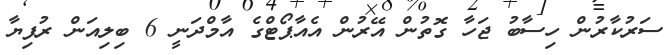
ސަރުކާރުން ހިސާބު ޖަހާ ގޮތުން އޭރުން އެއާޕޯޓްގެ އާމްދަނީ 6 ބިލިއަން ރުފިޔާ